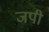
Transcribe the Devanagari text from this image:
जपी